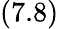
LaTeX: (7.8)